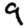
Digit: 9